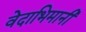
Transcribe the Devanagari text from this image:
वेदाभिमानी